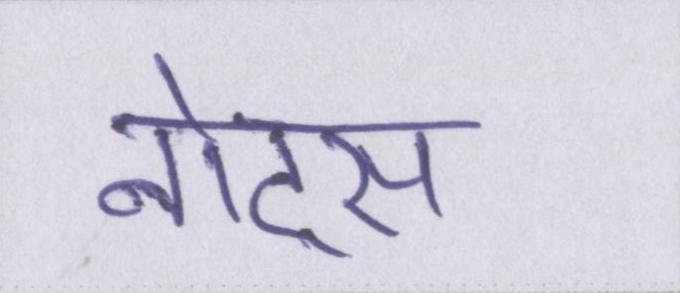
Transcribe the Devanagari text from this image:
नोट्स